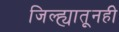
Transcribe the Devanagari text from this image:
जिल्ह्यातूनही